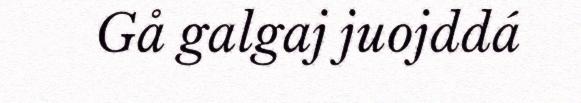
Gå galgaj juojddá